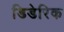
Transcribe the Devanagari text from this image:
डिडेरिक